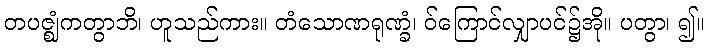
တပဇ္ဈံကတွာဘိ၊ ဟူသည်ကား။ တံသောဏရုဏ္ခံ၊ ဝ်ကြောင်လျှာပင်၌အို။ ပတွာ၊ ၍။